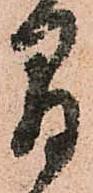
間